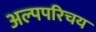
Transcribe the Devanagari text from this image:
अल्पपरिचय